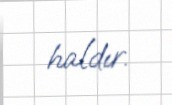
haldır.